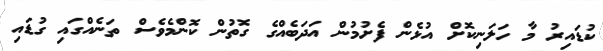
ކުޑައިރު މާ ހަލަނިކޮށް އުޅެން ފެށުމުން އަދަބެއްގެ ގޮތުން ކޮންމެވެސް ތަނެއްގައި ގުޑައި